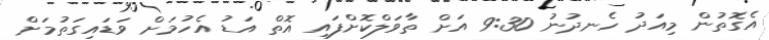
އެގޮތުން މިއަދު ހެނދުނު 9:30 އަށް ތާވަލްކޮށްފައި އޮތް އަޑު އެހުމަށް ވަޑައިގަތުމަށް